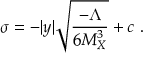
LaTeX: \sigma = - | y | \sqrt { { \frac { - { \Lambda } } { \displaystyle { 6 M _ { X } ^ { 3 } } } } } + c ~ . ~ \,